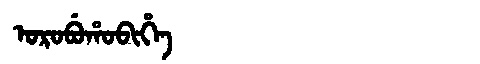
Manchu: ᠣᡵᠣᠪᡠᡥᠣᠪᡳᡥᡝ
Romanization: OROBUHOBIHE